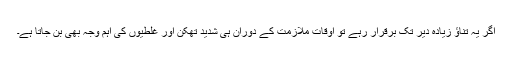
اگر یہ تناؤ زیادہ دیر تک برقرار رہے تو اوقاتِ ملازمت کے دوران ہی شدید تھکن اور غلطیوں کی اہم وجہ بھی بن جاتا ہے۔